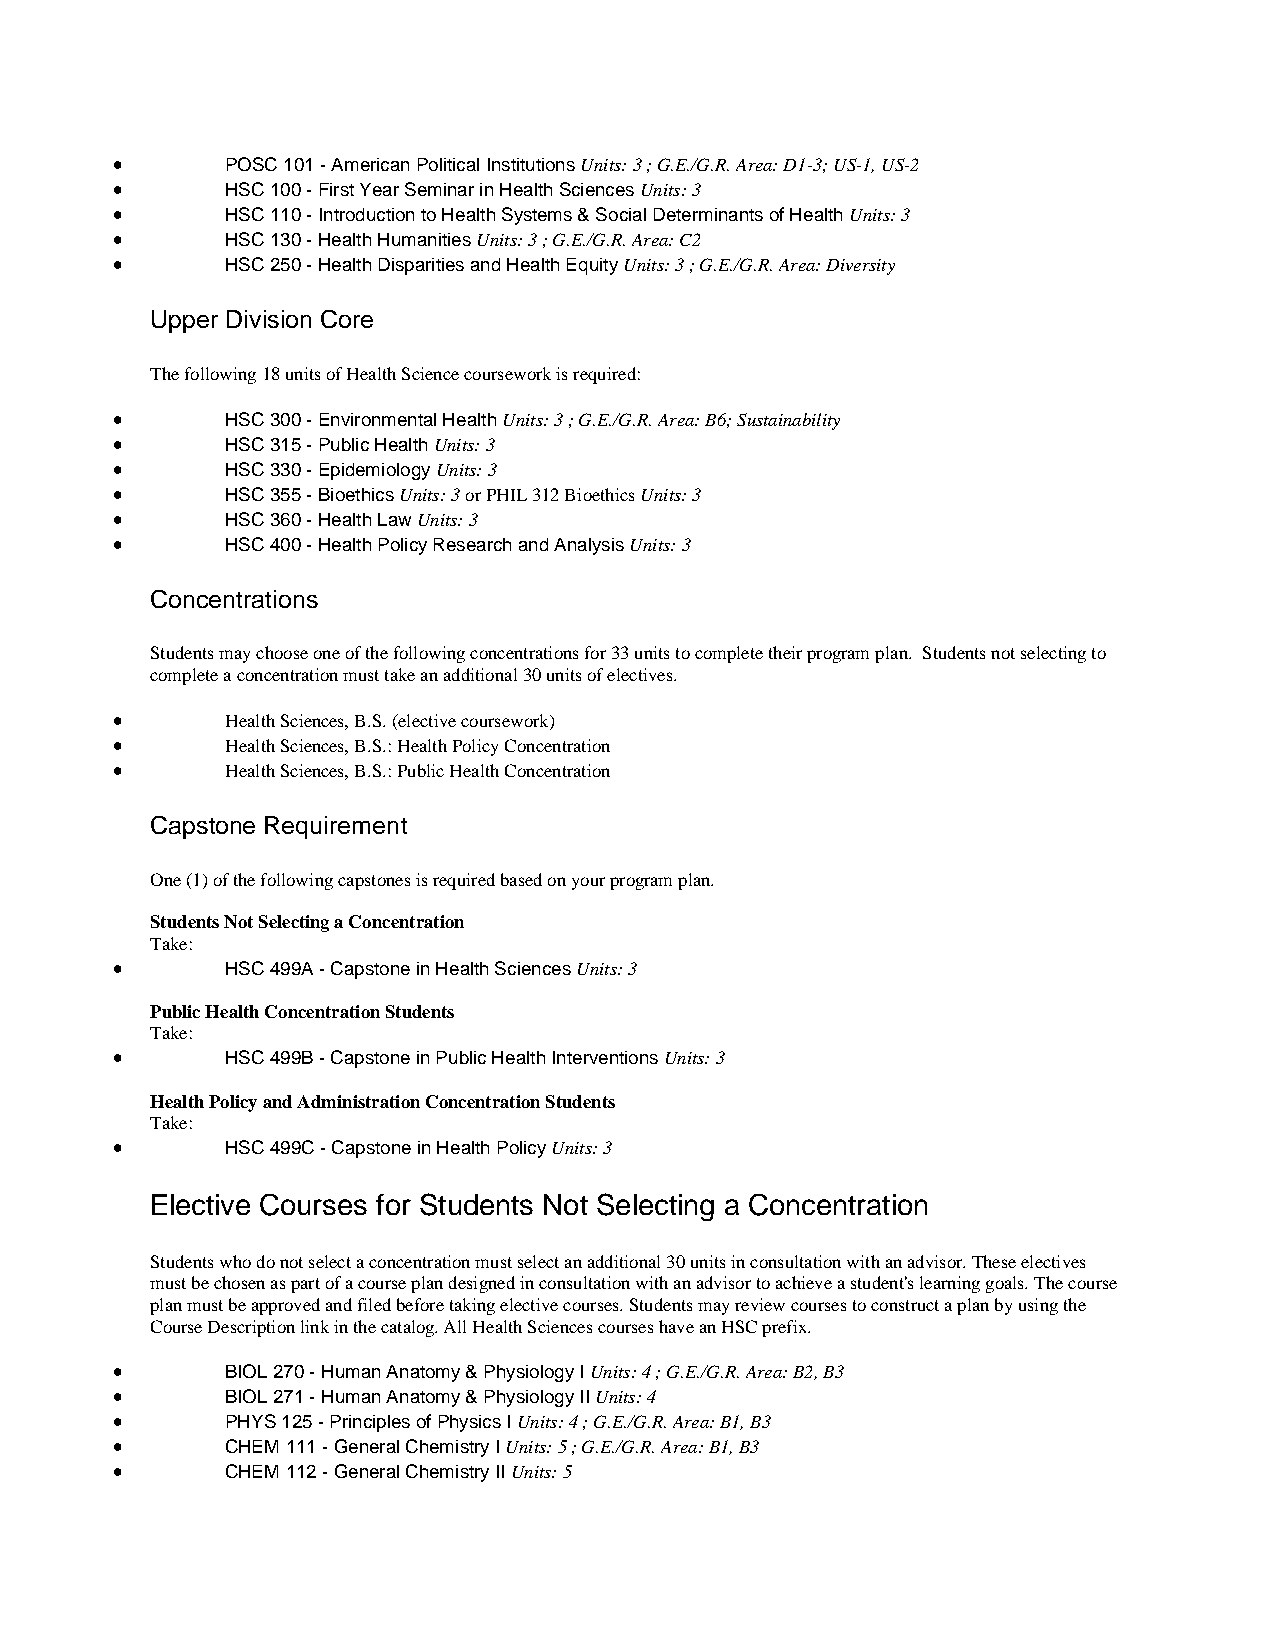
•       POSC 101 - American Political Institutions Units: 3 ; G.E./G.R. Area: D1-3; US-1, US-2
 •       HSC 100 - First Year Seminar in Health Sciences Units: 3
 •       HSC 110 - Introduction to Health Systems & Social Determinants of Health Units: 3
 •       HSC 130 - Health Humanities Units: 3 ; G.E./G.R. Area: C2
 •       HSC 250 - Health Disparities and Health Equity Units: 3 ; G.E./G.R. Area: Diversity
 Upper Division Core
 The following 18 units of Health Science coursework is required:
 •       HSC 300 - Environmental Health Units: 3 ; G.E./G.R. Area: B6; Sustainability
 •       HSC 315 - Public Health Units: 3
 •       HSC 330 - Epidemiology Units: 3
 •       HSC 355 - Bioethics Units: 3 or PHIL 312 Bioethics Units: 3
 •       HSC 360 - Health Law Units: 3
 •       HSC 400 - Health Policy Research and Analysis Units: 3
 Concentrations
 Students may choose one of the following concentrations for 33 units to complete their program plan. Students not selecting to
 complete a concentration must take an additional 30 units of electives.
 •       Health Sciences, B.S. (elective coursework)
 •       Health Sciences, B.S.: Health Policy Concentration
 •       Health Sciences, B.S.: Public Health Concentration
 Capstone Requirement
 One (1) of the following capstones is required based on your program plan.
 Students Not Selecting a Concentration
 Take:
 •       HSC 499A - Capstone in Health Sciences Units: 3
 Public Health Concentration Students
 Take:
 •       HSC 499B - Capstone in Public Health Interventions Units: 3
 Health Policy and Administration Concentration Students
 Take:
 •       HSC 499C - Capstone in Health Policy Units: 3
 Elective Courses for Students Not Selecting a Concentration
 Students who do not select a concentration must select an additional 30 units in consultation with an advisor. These electives
 must be chosen as part of a course plan designed in consultation with an advisor to achieve a student's learning goals. The course
 plan must be approved and filed before taking elective courses. Students may review courses to construct a plan by using the
 Course Description link in the catalog. All Health Sciences courses have an HSC prefix.
 •       BIOL 270 - Human Anatomy & Physiology I Units: 4 ; G.E./G.R. Area: B2, B3
 •       BIOL 271 - Human Anatomy & Physiology II Units: 4
 •       PHYS 125 - Principles of Physics I Units: 4 ; G.E./G.R. Area: B1, B3
 •       CHEM 111 - General Chemistry I Units: 5 ; G.E./G.R. Area: B1, B3
 •       CHEM 112 - General Chemistry II Units: 5